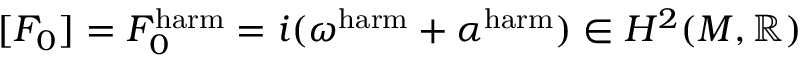
[ F _ { 0 } ] = F _ { 0 } ^ { \mathrm { h a r m } } = i ( \omega ^ { \mathrm { h a r m } } + \alpha ^ { \mathrm { h a r m } } ) \in H ^ { 2 } ( M , \mathbb { R } )